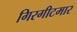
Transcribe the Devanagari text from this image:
गिरगीटमार